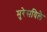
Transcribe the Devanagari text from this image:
मुरेसविले